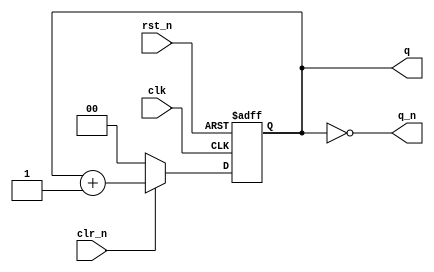
// $Id: DW8051_u_ctr_clr_2.v,v 1.1 1996/07/25 17:43:45 gina Exp $
//------------------------------------------------------------------------------
//
//        This confidential and proprietary software may be used only
//     as authorized by a licensing agreement from Synopsys Inc.
//     In the event of publication, the following notice is applicable:
//
//                    (C) COPYRIGHT 1996   SYNOPSYS INC.
//                          ALL RIGHTS RESERVED
//
//        The entire notice above must be reproduced on all authorized
//        copies.
//
//
//
// ABSTRACT: DW8051 counter module (up with sync.clear)
//
// MODIFICATION HISTORY:
//      L.Rieder        29.05.96        Verilog version for fixed width of 2
//                                      created
//
//      Gina Ngo        11.20.96        Fixed star 38722: added header
//	Bala Needamangalam
//			May 20 98	Converted GTECH instantiations to HDL.
//                      July 20,1999    Removed all DesignWare-Foundation 
//                                      license checkout commands.
//------------------------------------------------------------------------------
 


module DW8051_u_ctr_clr   (q,
                           q_n,
                           clk,
                           clr_n,
                           rst_n
			   );
parameter width = 2;
 input  clk;
 input  clr_n;
 input  rst_n;
 output [(width-1):0] q;
 output [(width-1):0] q_n;

//------------------------------------------------------------------------------
wire clk;
wire clr_n;
wire rst_n;
reg [(width-1):0] q;
wire [(width-1):0] q_n;


//---------------
// local signals:
//---------------
wire [(width-1):0] next;

//------------------------------------------------------------------------------

    assign next = (clr_n == 1) ? (q + 1) : 0;

    always @(posedge clk or negedge rst_n)
      if (!rst_n)
	q <= 0;
      else 
	q <= next;

    assign q_n = ~q;

endmodule